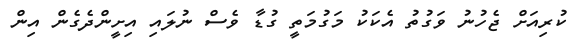
ކުރިއަށް ޖެހުނު ވަގުތު އެކަކު މަގުމަތީ ގުޑާ ވެސް ނުލައި އިށީންދެގެން އިން